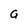
Character: G